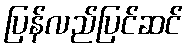
ပြန်လည်ပြင်ဆင်